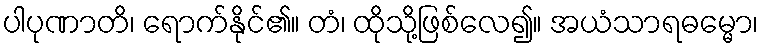
ပါပုဏာတိ၊ ရောက်နိုင်၏။ တံ၊ ထိုသို့ဖြစ်လေ၍။ အယံသာရဓမ္မော၊